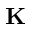
\mathbf { K }